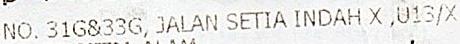
NO. 31G&33G, JALAN SETIA INDAH X ,U13/X